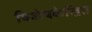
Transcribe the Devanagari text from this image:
विशेषकेन्द्रित